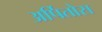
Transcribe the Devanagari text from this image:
अर्पितोस